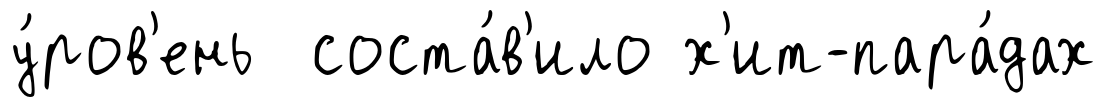
у́ров'ень соста́в'ило х'ит-пара́дах